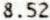
8.52